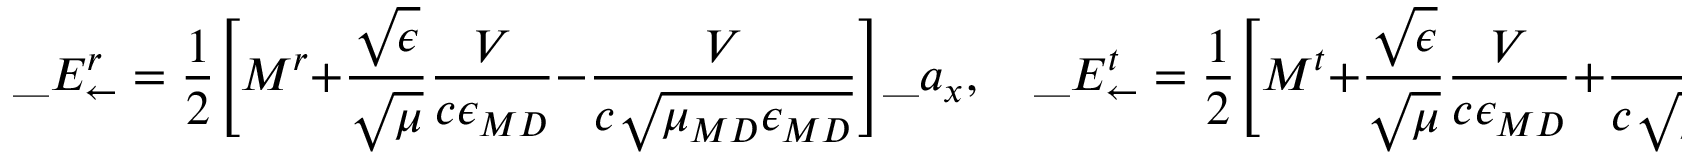
\_ E _ { \leftarrow } ^ { r } = { \frac { 1 } { 2 } } \Bigg [ M ^ { r } + \frac { \sqrt { \epsilon } } { \sqrt { \mu } } \frac { V } { c \epsilon _ { \/ { M D } } } - \frac { V } { c \sqrt { \mu _ { \/ { M D } } \epsilon _ { \/ { M D } } } } \Bigg ] \_ a _ { x } , \quad \_ E _ { \leftarrow } ^ { t } = { \frac { 1 } { 2 } } \Bigg [ M ^ { t } + \frac { \sqrt { \epsilon } } { \sqrt { \mu } } \frac { V } { c \epsilon _ { \/ { M D } } } + \frac { V } { c \sqrt { \mu _ { \/ { M D } } \epsilon _ { \/ { M D } } } } \Bigg ] \_ a _ { x } ,